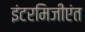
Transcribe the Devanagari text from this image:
इंटरमिजीएंत